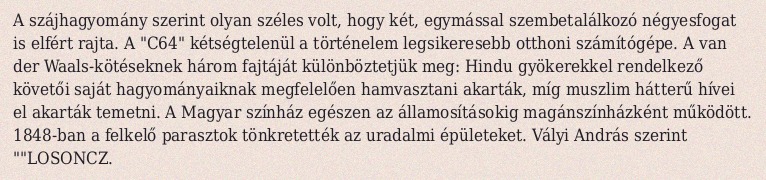
A szájhagyomány szerint olyan széles volt, hogy két, egymással szembetalálkozó négyesfogat is elfért rajta. A "C64" kétségtelenül a történelem legsikeresebb otthoni számítógépe. A van der Waals-kötéseknek három fajtáját különböztetjük meg: Hindu gyökerekkel rendelkező követői saját hagyományaiknak megfelelően hamvasztani akarták, míg muszlim hátterű hívei el akarták temetni. A Magyar színház egészen az államosításokig magánszínházként működött. 1848-ban a felkelő parasztok tönkretették az uradalmi épületeket. Vályi András szerint ""LOSONCZ.